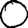
Digit: 0